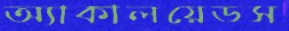
অ্যাকালয়েডস